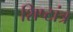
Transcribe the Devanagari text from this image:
शिष्टांत्र